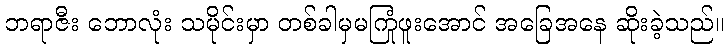
ဘရာဇီး ဘောလုံး သမိုင်းမှာ တစ်ခါမှမကြုံဖူးအောင် အခြေအနေ ဆိုးခဲ့သည်။